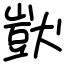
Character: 獃